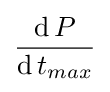
{\operatorname {d} P \over \operatorname {d} t_{max}}